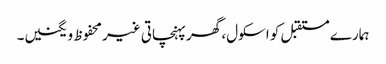
ہمارے مستقبل کو اسکول، گھر پہنچاتی غیر محفوظ ویگنیں۔